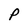
Character: P